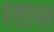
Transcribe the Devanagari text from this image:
रसावर